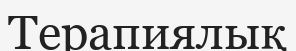
Терапиялық